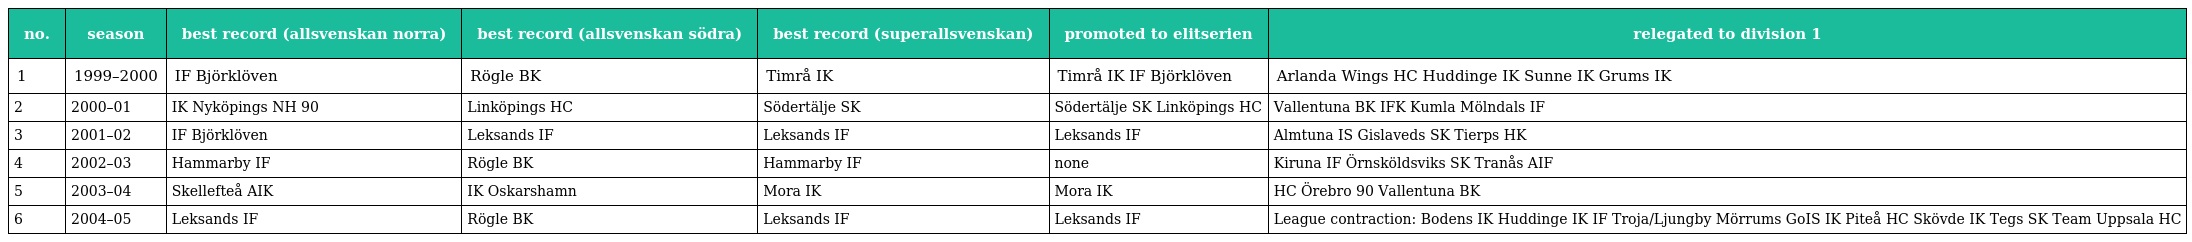
| no. | season | best record (allsvenskan norra) | best record (allsvenskan södra) | best record (superallsvenskan) | promoted to elitserien | relegated to division 1 |
 | --- | --- | --- | --- | --- | --- | --- |
 | 1 | 1999–2000 | IF Björklöven | Rögle BK | Timrå IK | Timrå IK IF Björklöven | Arlanda Wings HC Huddinge IK Sunne IK Grums IK |
 | 2 | 2000–01 | IK Nyköpings NH 90 | Linköpings HC | Södertälje SK | Södertälje SK Linköpings HC | Vallentuna BK IFK Kumla Mölndals IF |
 | 3 | 2001–02 | IF Björklöven | Leksands IF | Leksands IF | Leksands IF | Almtuna IS Gislaveds SK Tierps HK |
 | 4 | 2002–03 | Hammarby IF | Rögle BK | Hammarby IF | none | Kiruna IF Örnsköldsviks SK Tranås AIF |
 | 5 | 2003–04 | Skellefteå AIK | IK Oskarshamn | Mora IK | Mora IK | HC Örebro 90 Vallentuna BK |
 | 6 | 2004–05 | Leksands IF | Rögle BK | Leksands IF | Leksands IF | League contraction: Bodens IK Huddinge IK IF Troja/Ljungby Mörrums GoIS IK Piteå HC Skövde IK Tegs SK Team Uppsala HC |